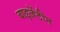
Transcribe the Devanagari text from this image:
बाइजेंटीन